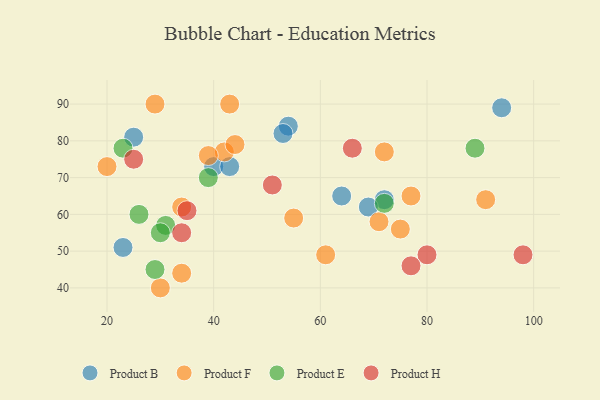
{"axis": {"x": "GDP", "y": "Life Expectancy"}, "legend": ["Product B", "Product E", "Product F", "Product H"], "data": [{"x": "25", "y": 81, "type": "Product B"}, {"x": "72", "y": 64, "type": "Product B"}, {"x": "40", "y": 73, "type": "Product B"}, {"x": "69", "y": 62, "type": "Product B"}, {"x": "54", "y": 84, "type": "Product B"}, {"x": "94", "y": 89, "type": "Product B"}, {"x": "53", "y": 82, "type": "Product B"}, {"x": "23", "y": 51, "type": "Product B"}, {"x": "64", "y": 65, "type": "Product B"}, {"x": "43", "y": 73, "type": "Product B"}, {"x": "55", "y": 59, "type": "Product F"}, {"x": "29", "y": 90, "type": "Product F"}, {"x": "34", "y": 44, "type": "Product F"}, {"x": "71", "y": 58, "type": "Product F"}, {"x": "42", "y": 77, "type": "Product F"}, {"x": "75", "y": 56, "type": "Product F"}, {"x": "61", "y": 49, "type": "Product F"}, {"x": "39", "y": 76, "type": "Product F"}, {"x": "20", "y": 73, "type": "Product F"}, {"x": "72", "y": 77, "type": "Product F"}, {"x": "43", "y": 90, "type": "Product F"}, {"x": "77", "y": 65, "type": "Product F"}, {"x": "91", "y": 64, "type": "Product F"}, {"x": "44", "y": 79, "type": "Product F"}, {"x": "30", "y": 40, "type": "Product F"}, {"x": "34", "y": 62, "type": "Product F"}, {"x": "29", "y": 45, "type": "Product E"}, {"x": "31", "y": 57, "type": "Product E"}, {"x": "72", "y": 63, "type": "Product E"}, {"x": "89", "y": 78, "type": "Product E"}, {"x": "26", "y": 60, "type": "Product E"}, {"x": "30", "y": 55, "type": "Product E"}, {"x": "23", "y": 78, "type": "Product E"}, {"x": "39", "y": 70, "type": "Product E"}, {"x": "98", "y": 49, "type": "Product H"}, {"x": "66", "y": 78, "type": "Product H"}, {"x": "25", "y": 75, "type": "Product H"}, {"x": "80", "y": 49, "type": "Product H"}, {"x": "51", "y": 68, "type": "Product H"}, {"x": "77", "y": 46, "type": "Product H"}, {"x": "34", "y": 55, "type": "Product H"}, {"x": "35", "y": 61, "type": "Product H"}]}